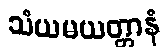
သံယမယတ္တာနံ